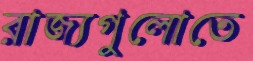
রাজ্যগুলোতে